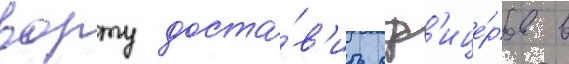
ворту доста́в'ить оф'ице́ров в